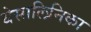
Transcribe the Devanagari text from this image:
थेसालिनिका